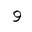
Letter: _waw